Indian journal of veterinary science and animal husbandry - Volume 13,
Year: 1943
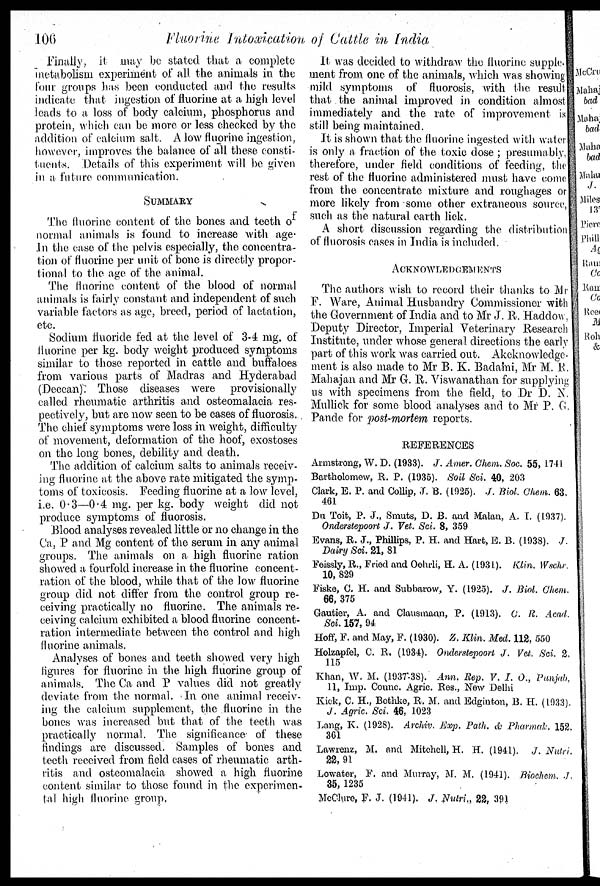
106
Fluorine Intoxication of Cattle in India
Finally, it may bo stated that a complete
metabolism experiment of all the animals in the
lour groups has been conducted and the results
indicate that ingestion of fluorine at a high level
leads to a loss of body calcium, phosphorus and
protein, which can be more or less checked by the
addition of calcium salt. A low fluorine ingestion,
however, improves the balance of all. these consti-
tuents. Details of this experiment will be given
in a future communication.
SUMMARY
The fluorine content of the bones and teeth of
normal animals is found to increase with age
In the case of the pelvis especially, the concentra-
tion of fluorine per unit of bone is directly propor-
tional to the age of the animal.
The fluorine content of the blood of normal
animals is fairly constant and independent of such
variable factors as age, breed, period of lactation,
etc.
Sodium fluoride fed at the level of 3-4 mg. of
fluorine per kg. body weight produced symptoms
similar to those reported in cattle and buffaloes
from various parts of Madras and Hyderabad
(Deccan). Those diseases were provisionally
called rheumatic arthritis and osteomalacia res-
pectively, but are now seen to be cases of fluorosis.
The chief symptoms were loss in weight, difficulty
of movement, deformation of the hoof, exostoses
on the long bones, debility and death.
The addition of calcium salts to animals receiv-
ing fluorine at the above rate mitigated the symp-
toms of toxicosis. Feeding fluorine at a low level,
i.e. 0.3—0.4 mg. per kg. body weight did not
produce symptoms of fluorosis.
Blood analyses revealed little or no change in the
Ca, P and Mg content of the serum in any animal
groups. The animals on a high fluorine ration
showed a fourfold increase in the fluorine concent-
ration of the blood, while that of the low fluorine
group did not differ from the control group re-
ceiving practically no fluorine. The animals re-
ceiving calcium exhibited a blood fluorine concent-
ration intermediate between the control and high
fluorine animals.
Analyses of bones and teeth showed very high
figures for fluorine in the high fluorine group of
animals. The Ca and P values did not greatly
deviate from the normal. In one animal receiv-
ing the calcium supplement, the fluorine in the
bones was increased but that of the teeth was
practically normal. The significance of these
findings are discussed. Samples of bones and
teeth received from field cases of rheumatic arth-
ritis and osteomalacia showed a high fluorine
content similar to those found in the experimen-
tal high fluorine group.
It was decided to withdraw the fluorine supple¬
ment from one of the animals, which was showing
mild symptoms of fluorosis, with the result
that the animal improved in condition almost
immediately and the rate of improvement is
still being maintained.
It is shown that the fluorine ingested with water
is only a. fraction of the toxic dose ; presumably,
therefore, under field conditions of feeding, the
rest of the fluorine administered must have come
from the concentrate mixture and roughages or
more likely from some other extraneous source,
such as the natural earth lick.
A short discussion regarding the distribution
of fluorosis cases in India is included.
ACKNOWLEGEMENTS
The authors wish to record their thanks to Mr
F. Ware, Animal Husbandry Commissioner with
the Government of India and to Mr J. R. Haddow.
Deputy Director, Imperial Veterinary Research
Institute, under whose general directions the early
part of this work was carried out. Akcknowledge-
ment is also made to Mr B. K. Badaini, Mr M. R.
Mahajan and Mr G. R. Viswanathan for supplying
us with specimens from the field, to Dr D. N.
Mullick for some blood analyses and to Mr P. G
Pande for post-mortem reports.
REFERENCES
Armstrong, W. D. (1933). J. Amer. Chem. Soc. 55, 1741
Bartholomew, R. P. (1935). Soil Sci. 40, 203
Clark, E. P. and Collip, ,T. B. (1925). J. Biol. Chem. 63.
461
Du Toit, P. J., Smuts, D. B. and Malan, A. I. (1937).
Onderstepoort J. Vet. Sci. 8, 359
Evans, R. J., Phillips, P. H. and Hart, E. B. (1938). J.
Dairy Sci. 21, 81
Feissly, R., Fried and Oehrli, H. A. (1931). Klin. Wschr.
10, 829
Fiske, C, H. and Subbarow, Y. (1925). J. Biol. Chem.
66, 375
Gautier, A. and Clausmann, P. (1913). C. R. Acad.
Sci. 157, 94
Hoff, F. and May, F. (1930). Z. Klin. Med. 112, 550
Holzapfel, C. R. (1934). Ondersteport J. Vet. Sci. 2.
115
Khan, W. M. (1937-38). Ann. Rep. V. I. O., Punjab,
11, Imp. Coune. Agric. Res., New Delhi
Kick, C. H., Bethke, R. M. and Edginton, B. H. (1933).
J. Agric. Sci, 46, 1023
Lang, K. (1928). Archiv. Exp. Path, & Pharmak 152.
301
Lawrenz, M. and Mitchell, H. H. (1941). J. Nutri.
22,91
Lowater, F. and Murray, M. M. (1941). Biochem J.
35, 1235
McClure, F. J. (1041). J. Nutri., 22, 391